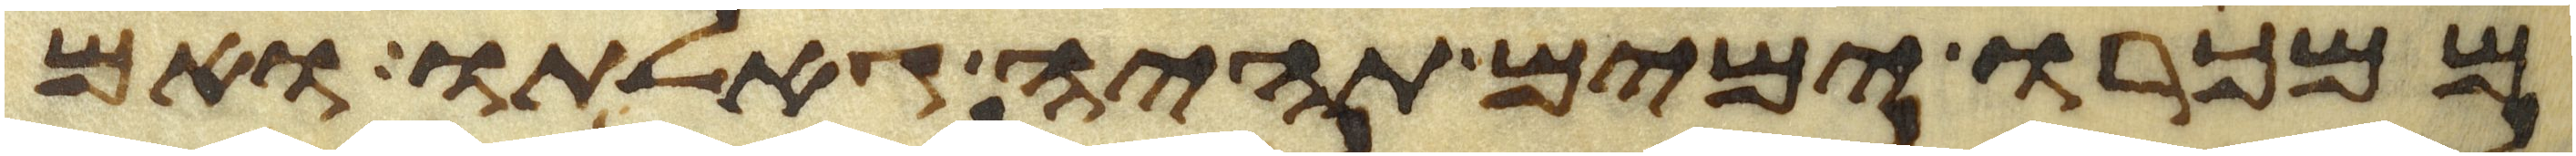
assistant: ממכרו ימים תהיה גאלתו ואם